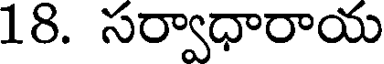
18. సర్వాధారాయ